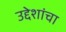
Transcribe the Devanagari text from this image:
उद्देशांचा